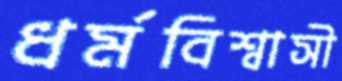
ধর্মবিশ্বাসী